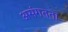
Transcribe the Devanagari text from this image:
असंगतता